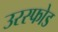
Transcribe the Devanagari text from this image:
उरस्फोड